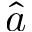
\hat { a }